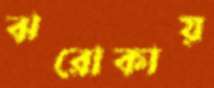
ঝরোকায়